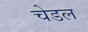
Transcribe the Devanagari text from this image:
चेडल